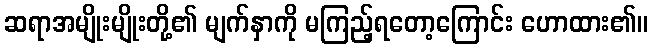
ဆရာအမျိုးမျိုးတို့၏ မျက်နှာကို မကြည့်ရတော့ကြောင်း ဟောထား၏။